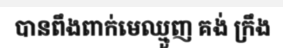
បានពឹងពាក់មេឈ្មួញ គង់ ក្រឹង